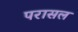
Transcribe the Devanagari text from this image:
परासल